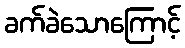
ခက်ခဲသောကြောင့်